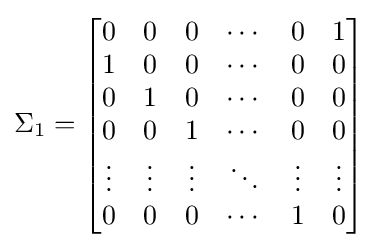
\Sigma _{1}={\begin{bmatrix}0&0&0&\cdots &0&1\\1&0&0&\cdots &0&0\\0&1&0&\cdots &0&0\\0&0&1&\cdots &0&0\\\vdots &\vdots &\vdots &\ddots &\vdots &\vdots \\0&0&0&\cdots &1&0\\\end{bmatrix}}